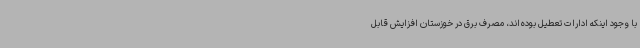
با وجود اینکه ادارات تعطیل بوده‌اند، مصرف برق در خوزستان افزایش قابل